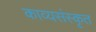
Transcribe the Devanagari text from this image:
काव्यसंस्कृत